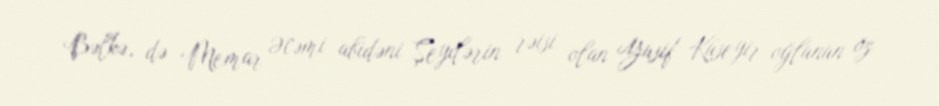
Bəlkə, də Memar Əcəmi abidəni Şeyxlərin rəisi olan Yusif Küseyir oğlunun öz